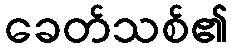
ခေတ်သစ်၏